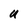
Character: U